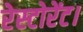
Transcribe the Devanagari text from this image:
रेस्टोरेंट।